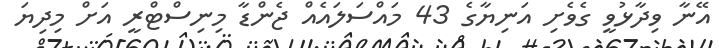
އޭނާ ވިދާޅުވީ ގެވެށި އަނިޔާގެ 43 މައްސަލައެއް ޖެންޑާ މިނިސްޓްރީ އަށް މިދިޔަ